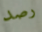
رصد